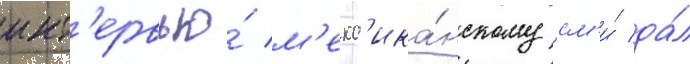
инт'ервью́ м'екс'ика́нскому см'и́ да́л